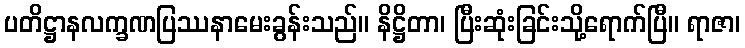
ပတိဋ္ဌာနလက္ခဏပြဿနာမေးခွန်းသည်။ နိဋ္ဌိတာ၊ ပြီးဆုံးခြင်းသို့ရောက်ပြီ။ ရာဇာ၊